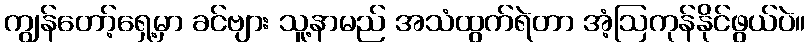
ကျွန်တော့်ရှေ့မှာ ခင်ဗျား သူ့နာမည် အသံထွက်ရဲတာ အံ့ဩကုန်နိုင်ဖွယ်ပဲ။